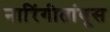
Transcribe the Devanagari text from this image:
नारिंगीतांबूस